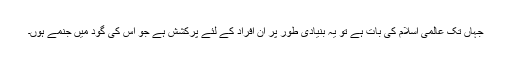
جہاں تک عالمی اسلام کی بات ہے تو یہ بنیادی طور پر ان افراد کے لئے پرکشش ہے جو اس کی گود میں جنمے ہوں۔